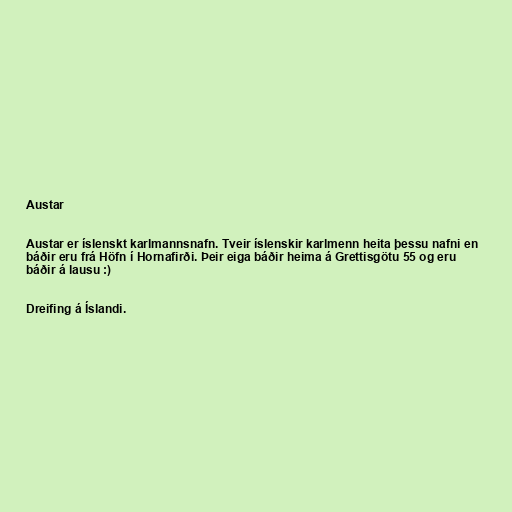
Austar

Austar er íslenskt karlmannsnafn. Tveir íslenskir karlmenn heita þessu nafni en
báðir eru frá Höfn í Hornafirði. Þeir eiga báðir heima á Grettisgötu 55 og eru
báðir á lausu :)

Dreifing á Íslandi.